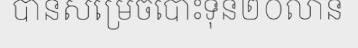
បានសម្រេចបោះទុន២០លាន